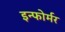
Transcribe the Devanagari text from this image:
इन्फोर्मर